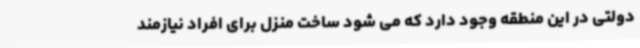
دولتی در این منطقه وجود دارد که می شود ساخت منزل برای افراد نیازمند